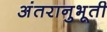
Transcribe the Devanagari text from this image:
अंतरानुभूती